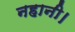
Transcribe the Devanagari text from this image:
नहानी।